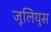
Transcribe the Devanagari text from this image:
जूलियुस